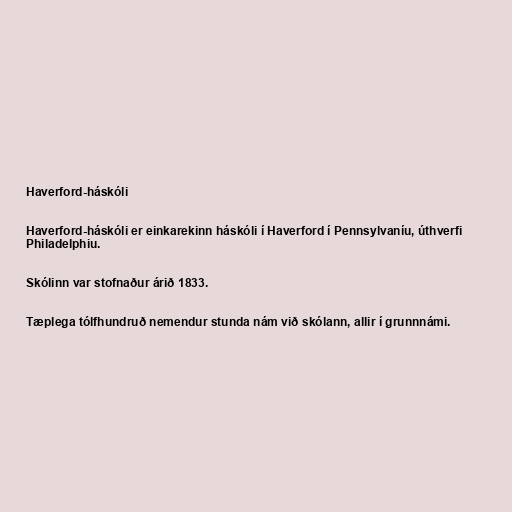
Haverford-háskóli

Haverford-háskóli er einkarekinn háskóli í Haverford í Pennsylvaníu, úthverfi
Philadelphiu.

Skólinn var stofnaður árið 1833.

Tæplega tólfhundruð nemendur stunda nám við skólann, allir í grunnnámi.